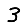
Digit: 3